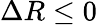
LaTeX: \Delta R\leq 0